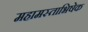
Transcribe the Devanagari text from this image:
महामस्ताभिषेक